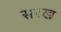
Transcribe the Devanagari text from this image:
सरख